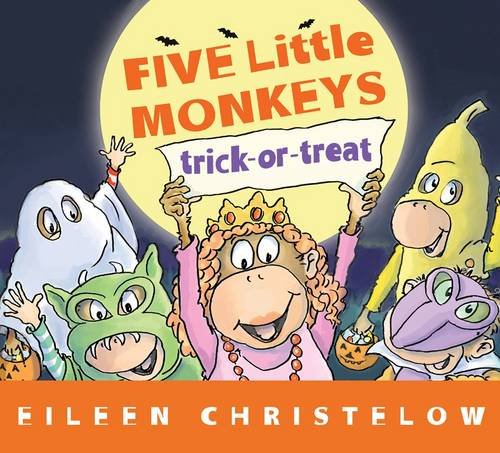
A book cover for Five Little Monkeys Trick-or-Treat (A Five Little Monkeys Story); Eileen Christelow; Children's Books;